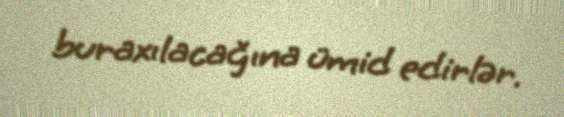
buraxılacağına ümid edirlər.